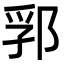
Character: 郛